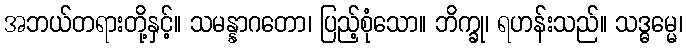
အဘယ်တရားတို့နှင့်။ သမန္နာဂတော၊ ပြည့်စုံသော။ ဘိက္ခု၊ ရဟန်းသည်။ သဒ္ဓမ္မေ၊